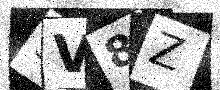
Text: 3V8Z